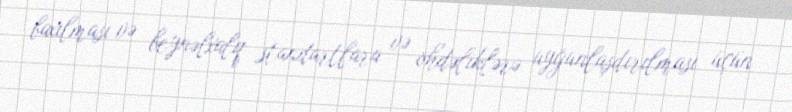
baxılması və beynəlxalq standartlara və öhdəliklərə uyğunlaşdırılması üçün